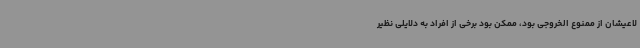
لاعیشان از ممنوع الخروجی بود، ممکن بود برخی از افراد به دلایلی نظیر